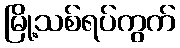
မြို့သစ်ရပ်ကွက်